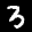
Digit: 3